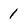
Character: 1